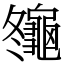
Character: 䶱